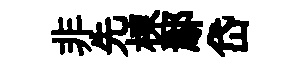
非先棟鄢岱